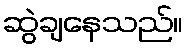
ဆွဲချနေသည်။